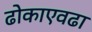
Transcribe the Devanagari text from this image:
ढोकाएवढा